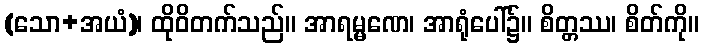
(သော+အယံ)၊ ထိုဝိတက်သည်။ အာရမ္မဏေ၊ အာရုံပေါ်၌။ စိတ္တဿ၊ စိတ်ကို။